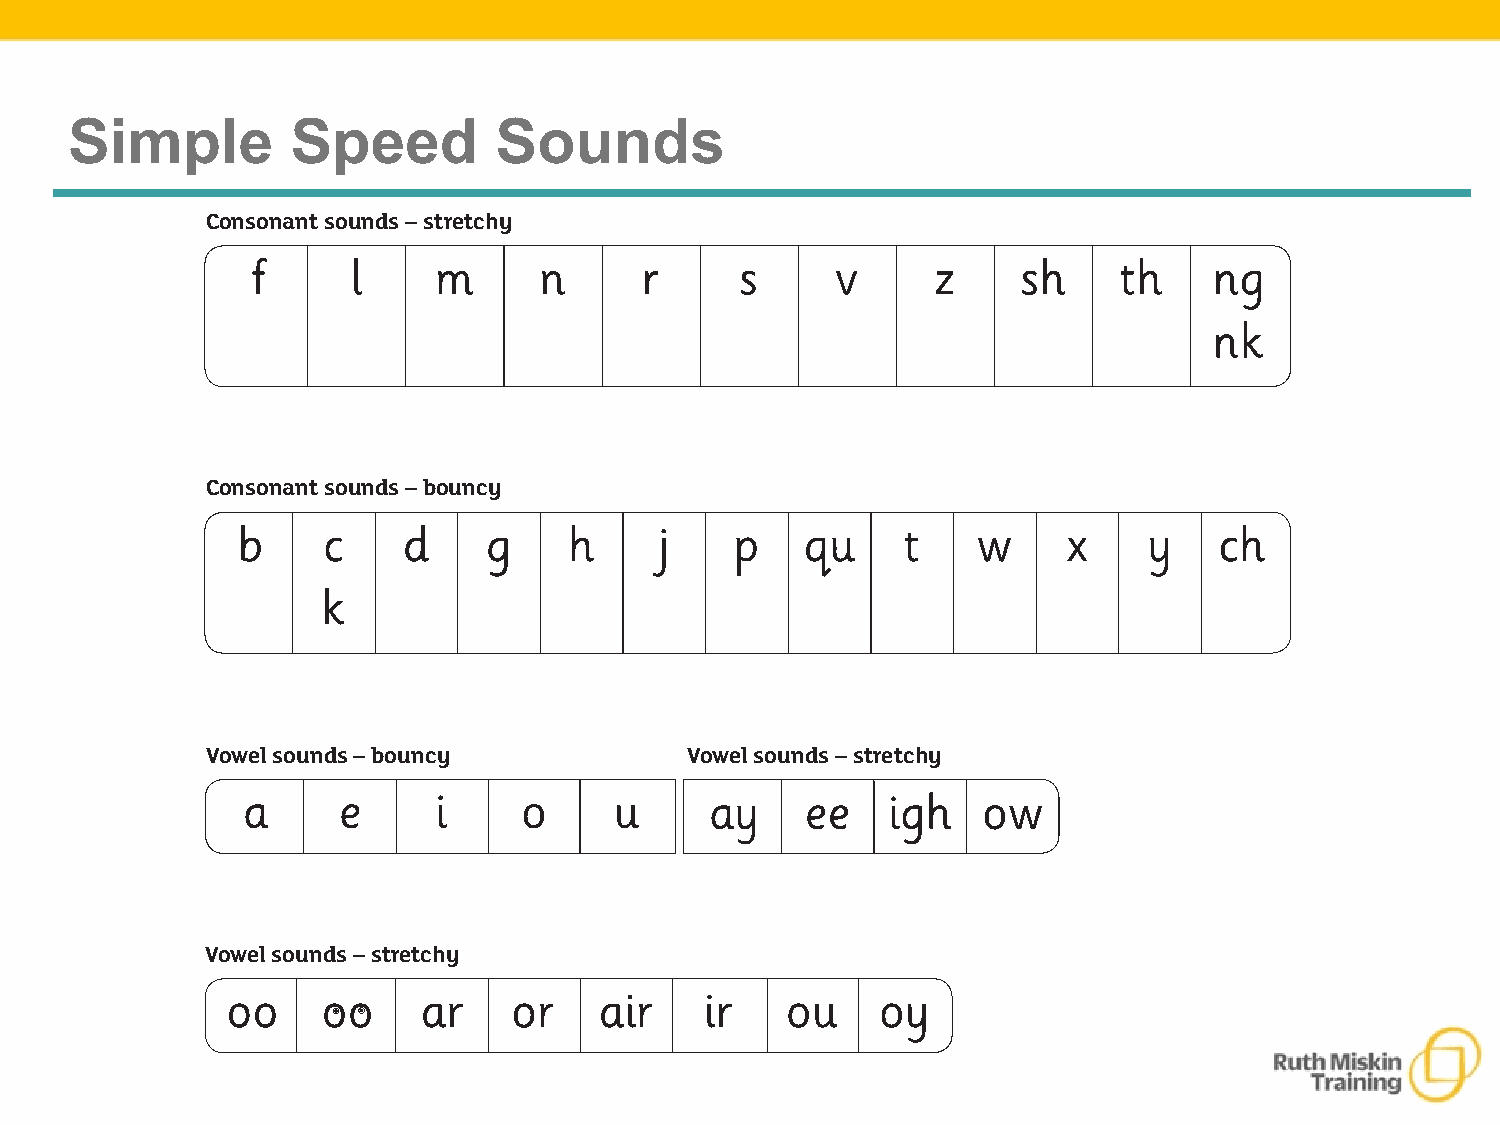
Simple Speed Sounds Chart
 Simple        Speed         Sounds
 Simple    Speed    Sounds     Chart
 Consonant sounds – stretchy
 f     l     m      n     r      s     v      z     sh    th    ng
 nk
 Consonant sounds – bouncy
 b    c     d    g     h     j    p   qu     t    w     x    y    ch
 k
 Vowel sounds – bouncy          Vowel sounds – stretchy
 a     e      i    o      u     ay    ee    igh   ow
 Vowel sounds – stretchy
 oo    oo     ar    or    air    ir   ou    oy
 © Oxford University Press 2016. Copying permitted within purchasing school only. 243
 837430_07_endmatter_242-244_NEW.indd 243                                     08/04/2016 08:55